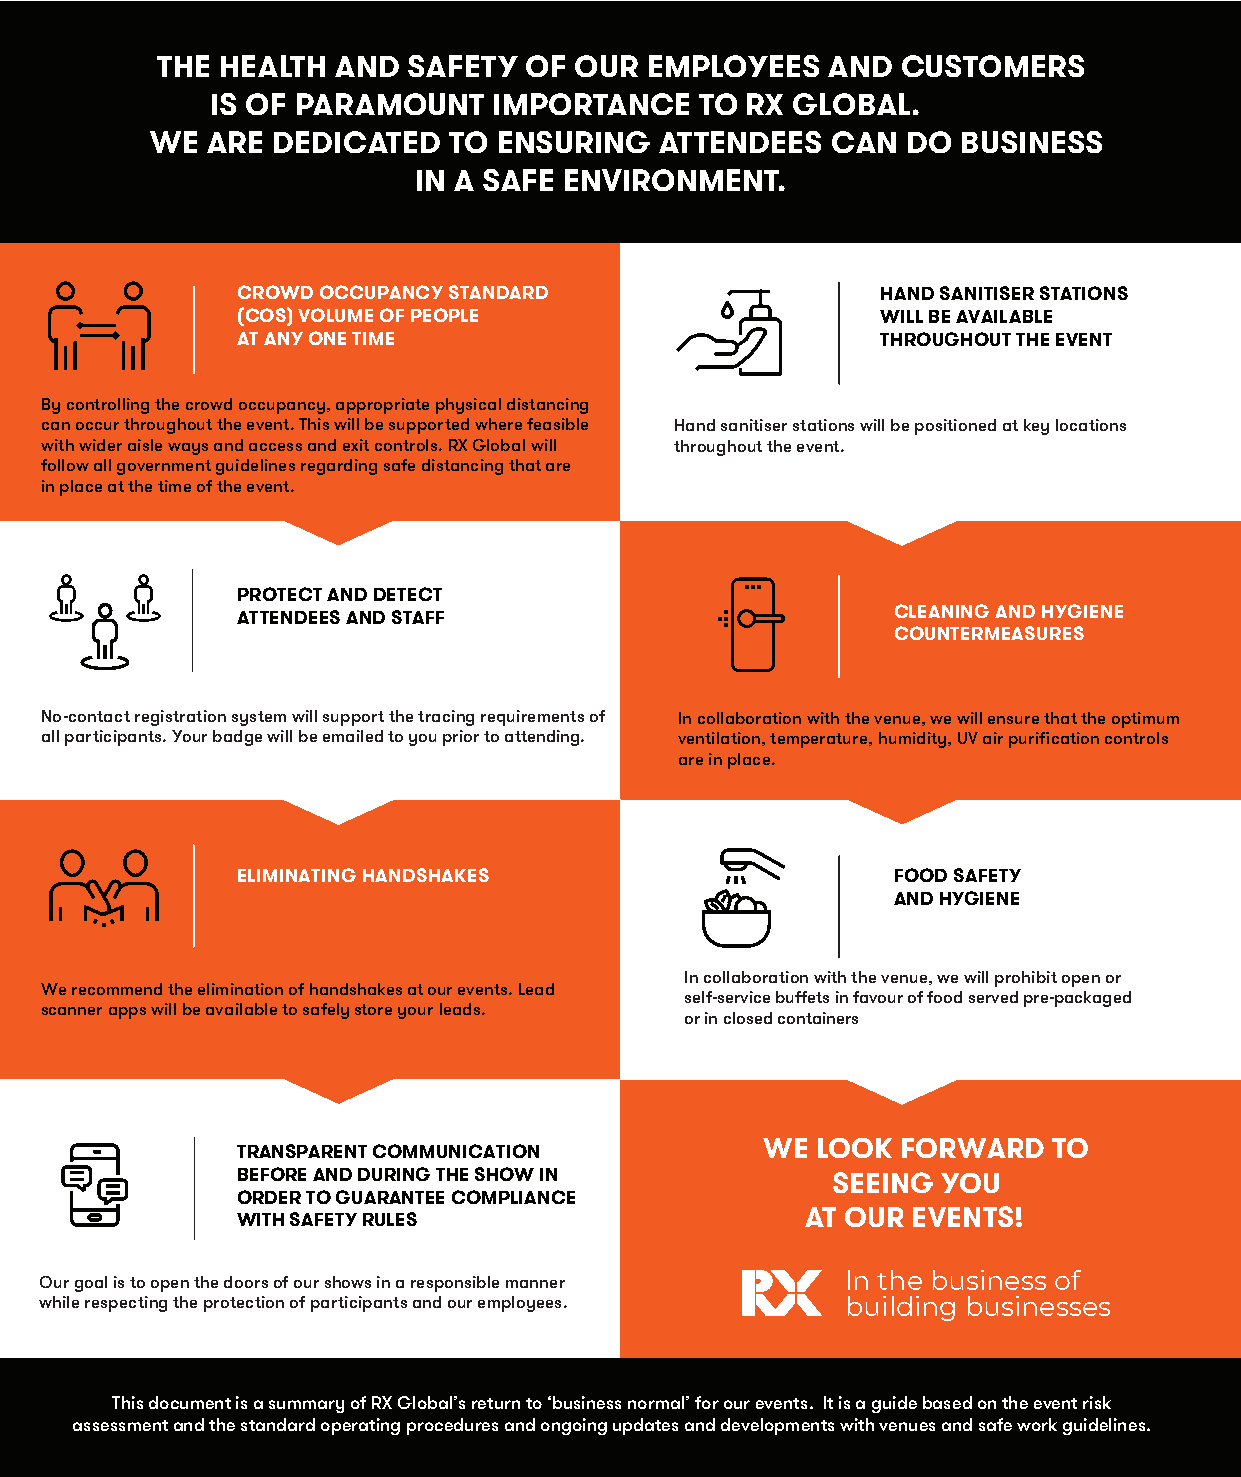
THE HEALTH  AND  SAFETY  OF OUR  EMPLOYEES   AND  CUSTOMER   S
 IS OF PARAMOUNT    IMPORTANCE   TO RX GLOBAL.
 WE  ARE DEDICATED   TO ENSURING   ATTENDEES  CAN  DO  BUSINE SS
 IN A SAFE ENVIRONMENT.
 CROWD OCCUPANCY STANDARD                  HAND SANITISER ST ATIONS
 (COS) VOLUME OF PEOPLE                    WILL BE AVAILABLE
 AT A NY ONE TIME                          THROUGHOUT THE EVENT
 By controlling the crowd occupancy, appropriate physical distancing
 can occur throughout the event. This will be supported where feasible Hand sanitiser stations will be positioned at key locations
 with wider aisle ways and access and exit controls. RX Global will throughout the event.
 follow all government guidelines regarding safe distancing that are
 in place at the time of the event.
 PROTECT AND DETECT
 CLEANING AND HYGIENE
 ATTENDEES AND STAFF
 COUNTERMEASURES
 No-contact registration system will support the tracing requirements of In collaboration with the venue, we will ensure that the optimum
 all participants. Your badge will be emailed to you prior to attending. ventilation, temperature, humidity, UV air purification controls
 are in place.
 ELIMINATING HANDSHAKES                     FOOD SAFETY
 AND HYGIENE
 In collaboration with the venue, we will prohibit open or
 We recommend the elimination of handshakes at our events. Lead
 self-service buffets in favour of food served pre-packaged
 scanner apps will be available to safely store your leads.
 or in closed containers
 TRANSPARENT COMMUNICATION         WE  LOOK  FORWARD   TO
 BEFORE AND DURING THE SHOW IN          SEEING YOU
 ORDER TO GUARANTEE COMPLIANCE
 WITH SAFETY RULES                    AT OUR EVENTS!
 Our goal is to open the doors of our shows in a responsible m anner
 ln the business of
 while respecting the protection of participants and our employees. building businesses
 This document is a summary of RX Global’s return to ‘business normal’ for our events. It is a guide based on the event risk
 assessment and the standard operating procedures and ongoing updates and developments with venues and safe work guidelines.